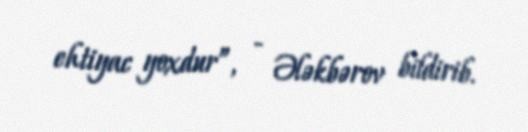
ehtiyac yoxdur”, - Ələkbərov bildirib.